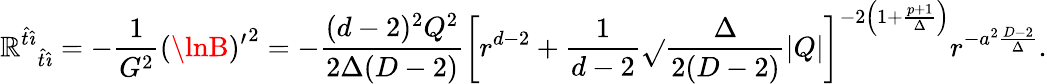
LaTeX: {{\cal\mathbb{R}}^{\hat{{t}}\hat{{\imath}}}}_{\hat{{t}}\hat{{\imath}}}=-{\frac{{1}}{{G^{2}}}}{(\lnB)^{\prime}}^{2}=-{\frac{{(d-2)^{2}Q^{2}}}{{2\Delta(D-2)}}}\left[r^{d-2}+{\frac{{1}}{{d-2}}}\sqrt{}{{\frac{{\Delta}}{{2(D-2)}}}}|Q|\right]^{-2\left(1+{\frac{{p+1}}{{\Delta}}}\right)}r^{-a^{2}{\frac{{D-2}}{{\Delta}}}}.